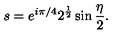
s = e ^ { i \pi / 4 } 2 ^ { \frac { 1 } { 2 } } \sin { \frac { \eta } { 2 } } .